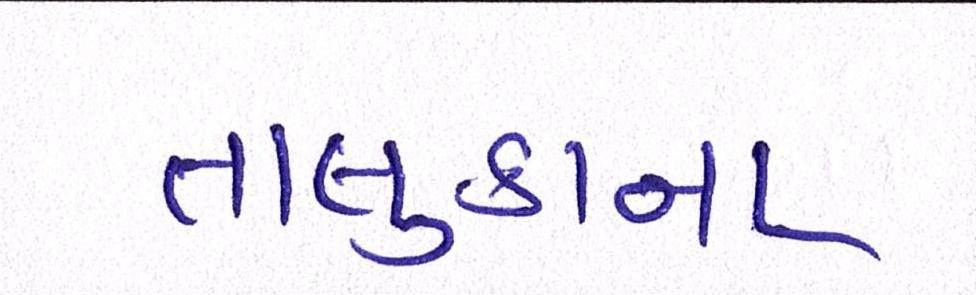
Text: તાલુકાના